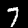
Digit: 7